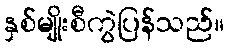
နှစ်မျိုးစီကွဲပြန်သည်။